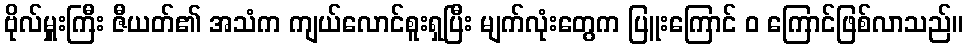
ဗိုလ်မှူးကြီး ဇီယတ်၏ အသံက ကျယ်လောင်စူးရှပြီး မျက်လုံးတွေက ပြူးကြောင် ဝ ကြောင်ဖြစ်လာသည်။